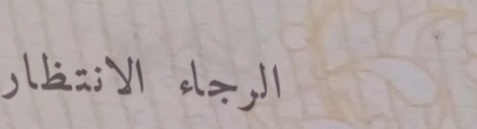
الرجاء الانتظار